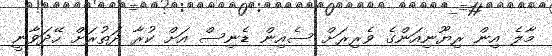
މާލެ އިން ރިޔޫނިއަންގެ ވެރިރަށް ސެއިން ޑެނިސް އަށް ކުރާ ދަތުރަށް ހޭދަވާނީ